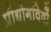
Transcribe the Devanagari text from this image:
प्रौद्योगविदों